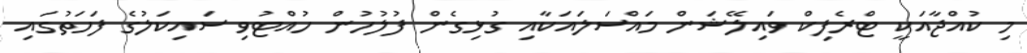
މި ކުއްޖާއަކީ ޓްރެފިކް ވައިލޭޝަން މައްސަލައަކާއި ގުޅިގެން ފުލުހުން ހުއްޓުވި ސައިކަލުގެ ފަހަތުގައި